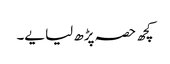
کچھ حصہ پڑھ لیا یے۔